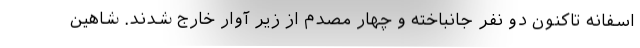
اسفانه تاکنون دو نفر جانباخته و چهار مصدم از زیر آوار خارج شدند. شاهین